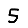
Digit: 5